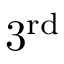
3 ^ { \mathrm { r d } }